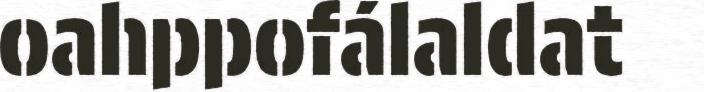
oahppofálaldat